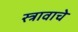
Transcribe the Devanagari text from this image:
स्त्रावाचे